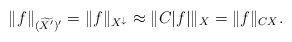
\begin{align*} \|f\|_{(\widetilde{X^{\prime}})^{\prime}} = \|f\|_{X^{\downarrow}} \approx \|C|f| \|_{X} = \| f\|_{CX}.\end{align*}